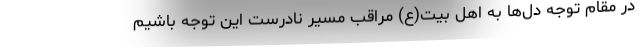
در مقام توجه دل‌ها به اهل بیت(ع) مراقب مسیر نادرست این توجه باشیم